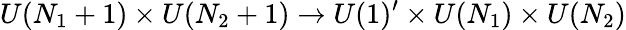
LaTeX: U(N_{1}+1)\times U(N_{2}+1)\rightarrow U(1)^{\prime}\times U(N_{1})\times U(N_{2})